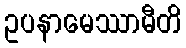
ဥပနာမေဿာမီတိ